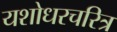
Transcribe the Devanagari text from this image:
यशोधरचरित्र